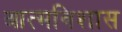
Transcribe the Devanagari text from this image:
आत्मविशास